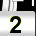
Digit: 2